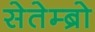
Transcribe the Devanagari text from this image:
सेतेम्ब्रो